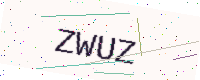
Text: ZWUZ